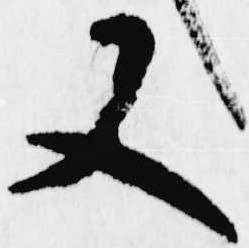
又